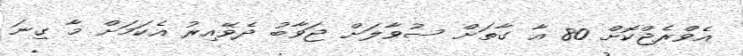
އެވްރެޖްކޮށް 80 އާ ގާތަށް ސުވާލަށް ޖަވާބު ދެވޭއިރު އެކަމަށް މާ ގިނަ